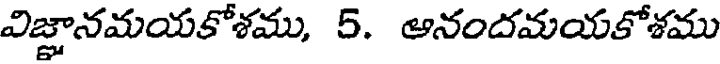
విజ్ఞానమయకోశము, 5. ఆనందమయకోశము